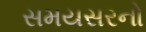
સમયસરનો